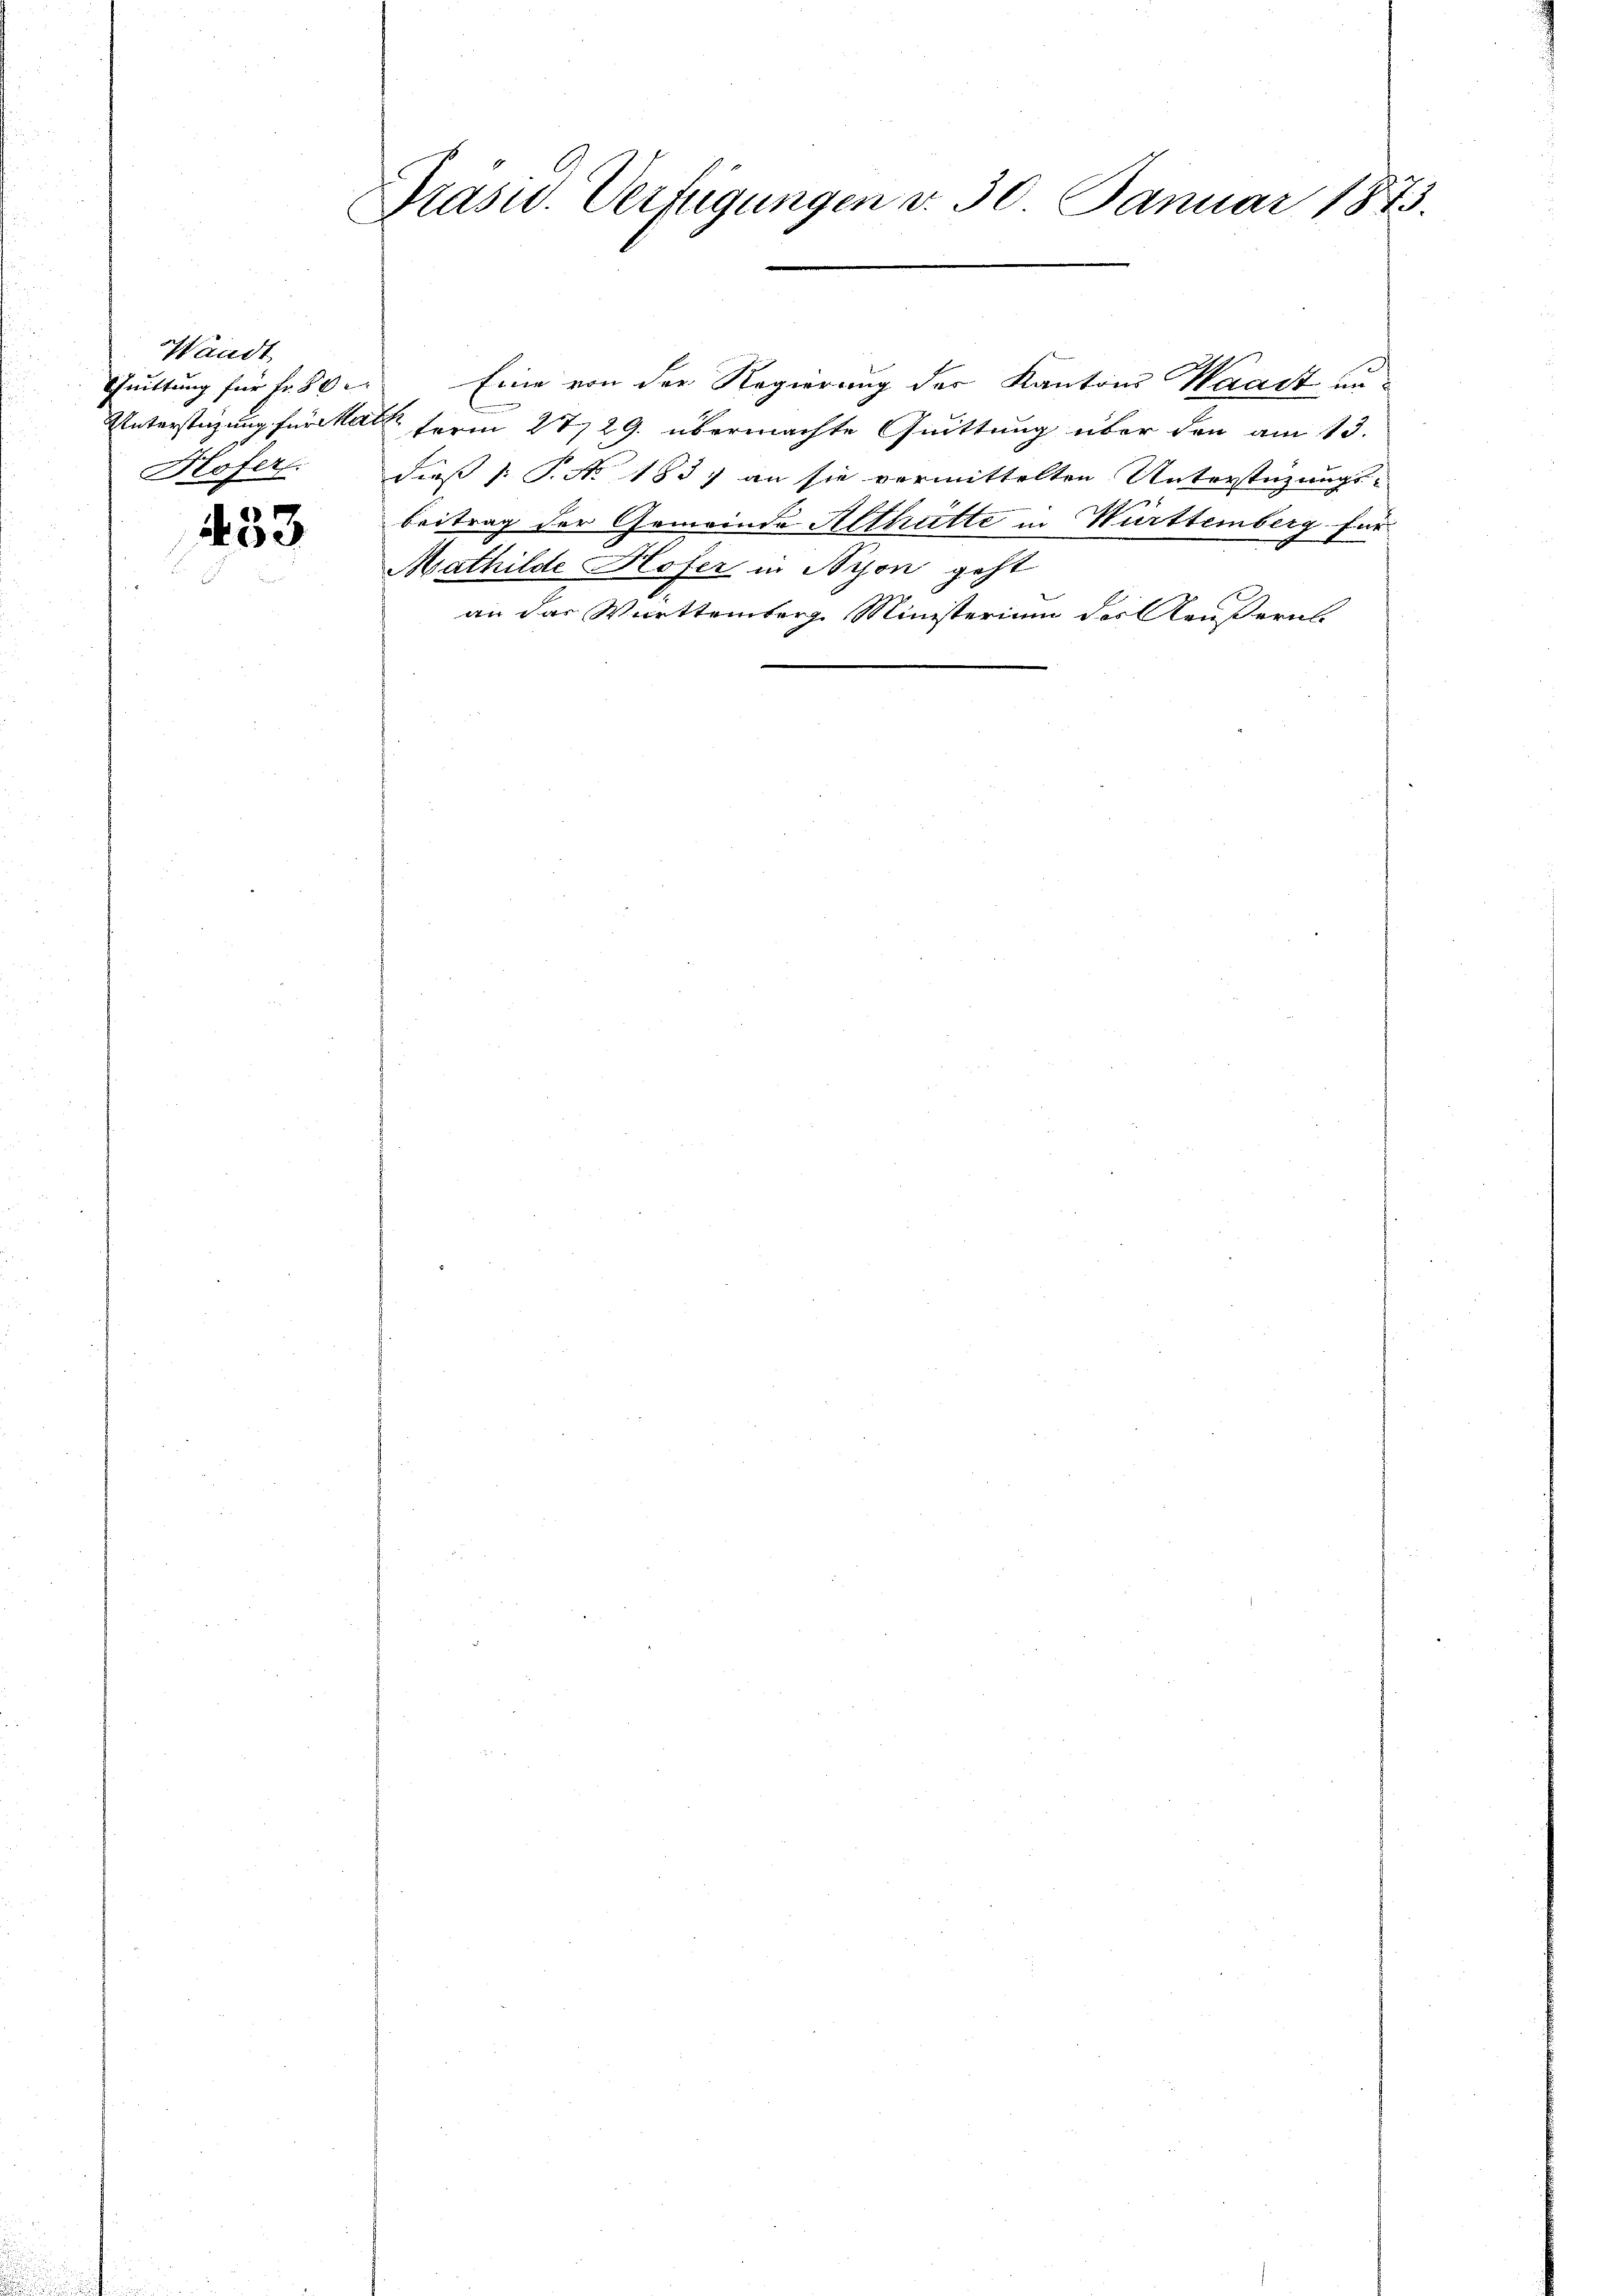
Waadt

453

Präsid. Verfügungen d. 30. Januar 1873.

Quittung für Fr. 80. Eine von der Regierung der Kantons Waadt un
Unterstüzung für als ferm 2729. übermachte Quittung über den am 13.
Hofer. dieß (: P. No. 1837 an sie vermittelten Unterstüzungs-
beitrag der Gemeinde Althütte in Württemberg für
Mathilde Hofer in Nyon geht
an das Württemberg Ministerium des Aeußerns